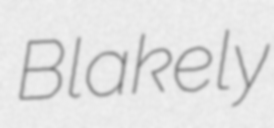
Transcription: Blakely